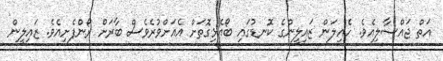
އަތް ޖައްސާލިއެވެ. ހެއިލަން ޒައިލީންގެ ކޮނޑުގައި ބޯއެޅިގޮތަށް އެއަށްވުރެވެސް ބާރަށް ރޯންފެށިއެވެ. ޒައިލީން